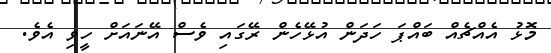
މޮޅު އެއްޗެއް ބައްޕަ ހަދަން އުޅޭހެން ރޭގައި ވެސް އޭނައަށް ހީވި އެވެ.